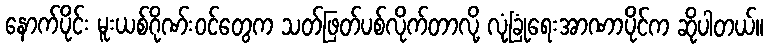
နောက်ပိုင်း မူးယစ်ဂိုဏ်းဝင်တွေက သတ်ဖြတ်ပစ်လိုက်တာလို့ လုံခြုံရေးအာဏာပိုင်က ဆိုပါတယ်။